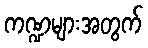
ကဏ္ဍများအတွက်